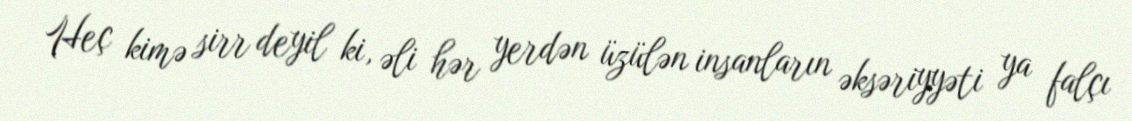
Heç kimə sirr deyil ki, əli hər yerdən üzülən insanların əksəriyyəti ya falçı